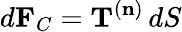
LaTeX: d\mathbf{F}_{C}=\mathbf{T}^{(\mathbf{n})}\, dS